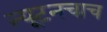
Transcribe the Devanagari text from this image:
न्यूटनचाच